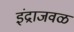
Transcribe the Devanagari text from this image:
इंद्राजवळ